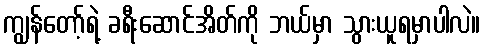
ကျွန်တော့်ရဲ့ ခရီးဆောင်အိတ်ကို ဘယ်မှာ သွားယူရမှာပါလဲ။